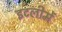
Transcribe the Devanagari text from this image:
इटलीमें